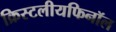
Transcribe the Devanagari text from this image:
क्रिस्टलीयफिनॉल